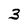
Character: 3